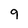
Character: 9